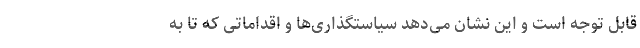
قابل توجه است و این نشان می‌دهد سیاستگذاری‌ها و اقداماتی که تا به